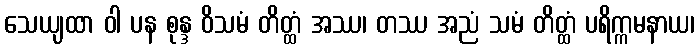
သေယျထာ ဝါ ပန စုန္ဒ ဝိသမံ တိတ္ထံ အဿ၊ တဿ အညံ သမံ တိတ္ထံ ပရိက္ကမနာယ၊